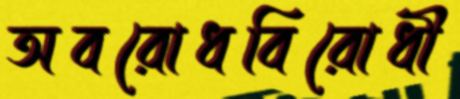
অবরোধবিরোধী